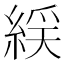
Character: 𫃭